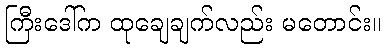
ကြီးဒေါ်က ထုချေချက်လည်း မတောင်း။